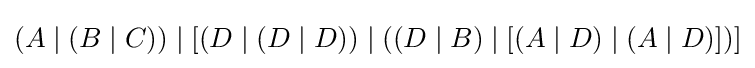
(A\mid (B\mid C))\mid [(D\mid (D\mid D))\mid ((D\mid B)\mid [(A\mid D)\mid (A\mid D)])]